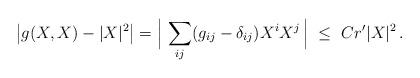
LaTeX: \begin{align*} \big |g(X,X)-|X|^2 \big | = \Big| \, \sum_{ij} (g_{ij}-\delta_{ij}) X^iX^j \, \Big | \ \leq \ Cr' |X|^2 \,.\end{align*}